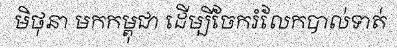
មិថុនា មកកម្ពុជា ដើម្បីចែករំលែកបាល់ទាត់